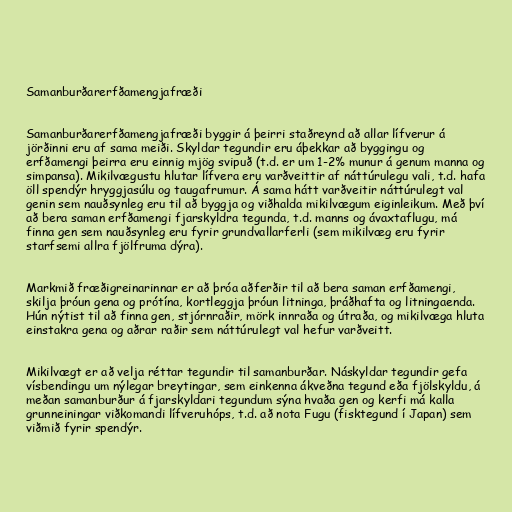
Samanburðarerfðamengjafræði

Samanburðarerfðamengjafræði byggir á þeirri staðreynd að allar lífverur á
jörðinni eru af sama meiði. Skyldar tegundir eru áþekkar að byggingu og
erfðamengi þeirra eru einnig mjög svipuð (t.d. er um 1-2% munur á genum manna og
simpansa). Mikilvægustu hlutar lífvera eru varðveittir af náttúrulegu vali, t.d. hafa
öll spendýr hryggjasúlu og taugafrumur. Á sama hátt varðveitir náttúrulegt val
genin sem nauðsynleg eru til að byggja og viðhalda mikilvægum eiginleikum. Með því
að bera saman erfðamengi fjarskyldra tegunda, t.d. manns og ávaxtaflugu, má
finna gen sem nauðsynleg eru fyrir grundvallarferli (sem mikilvæg eru fyrir
starfsemi allra fjölfruma dýra).

Markmið fræðigreinarinnar er að þróa aðferðir til að bera saman erfðamengi,
skilja þróun gena og prótína, kortleggja þróun litninga, þráðhafta og litningaenda.
Hún nýtist til að finna gen, stjórnraðir, mörk innraða og útraða, og mikilvæga hluta
einstakra gena og aðrar raðir sem náttúrulegt val hefur varðveitt.

Mikilvægt er að velja réttar tegundir til samanburðar. Náskyldar tegundir gefa
vísbendingu um nýlegar breytingar, sem einkenna ákveðna tegund eða fjölskyldu, á
meðan samanburður á fjarskyldari tegundum sýna hvaða gen og kerfi má kalla
grunneiningar viðkomandi lífveruhóps, t.d. að nota Fugu (fisktegund í Japan) sem
viðmið fyrir spendýr.